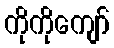
ကိုကိုကျော်